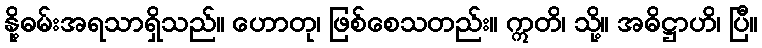
နို့ဓမ်းအရသာရှိသည်။ ဟောတု၊ ဖြစ်စေသတည်း။ ဣတိ၊ သို့။ အဓိဋ္ဌာဟိ၊ ပြီ။